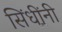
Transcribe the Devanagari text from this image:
सिंधींनी